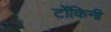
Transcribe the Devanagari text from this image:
टोंकिनी